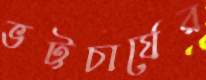
ভট্টচার্যের